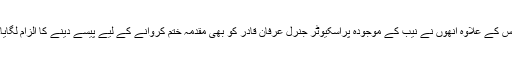
اس کے علاوہ انھوں نے نیب کے موجودہ پراسکیوٹر جنرل عرفان قادر کو بھی مقدمہ ختم کروانے کے لیے پیسے دینے کا الزام لگایا۔